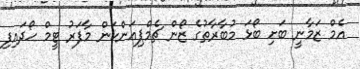
އެމް ޒަމާނީ ބަށި ބޯޅަ މުބާރާތުގެ ޒޯން ޗެމްޕިއަންކަން މާފަރު ޓީމް ހޯދައިފި